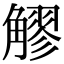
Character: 䚧